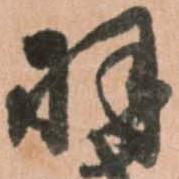
羽